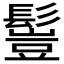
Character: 𩮖